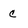
Character: c